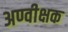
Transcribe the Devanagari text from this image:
अण्वीक्षक